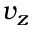
v _ { z }